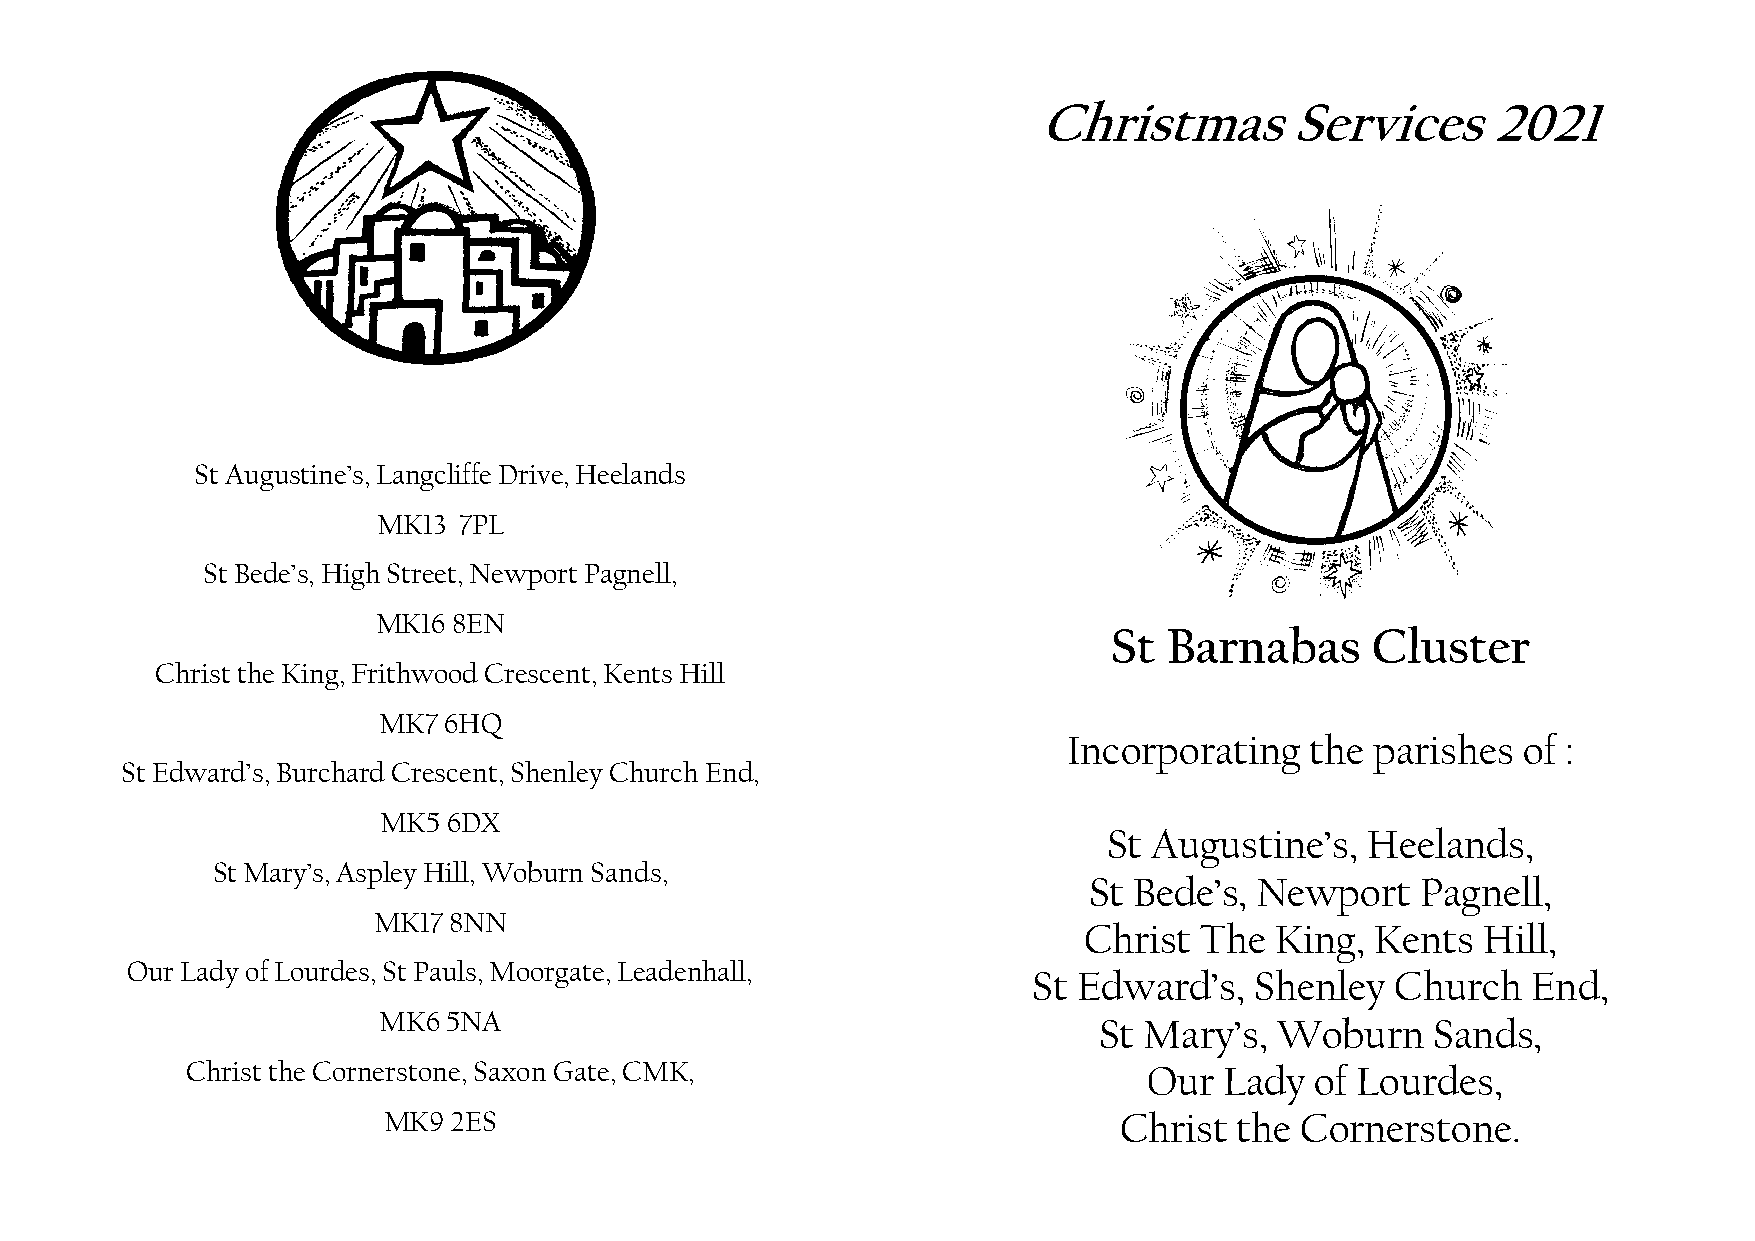
Christmas       Services      2021
 St Augustine’s, Langcliffe Drive, Heelands
 MK13 7PL
 St Bede’s, High Street, Newport Pagnell,
 MK16 8EN
 St Barnabas      Cluster
 Christ the King, Frithwood Crescent, Kents Hill
 MK7 6HQ
 Incorporating   the parishes  of :
 St Edward’s, Burchard Crescent, Shenley Church End,
 MK5  6DX
 St Augustine’s,  Heelands,
 St Mary’s, Aspley Hill, Woburn Sands,
 St Bede’s, Newport    Pagnell,
 MK17 8NN
 Christ The  King,  Kents  Hill,
 Our Lady of Lourdes, St Pauls, Moorgate, Leadenhall,
 St Edward’s,   Shenley  Church   End,
 MK6  5NA
 St Mary’s, Woburn     Sands,
 Christ the Cornerstone, Saxon Gate, CMK,                        Our  Lady  of Lourdes,
 MK9  2ES                                         Christ  the Cornerstone.